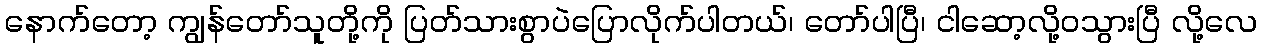
နောက်တော့ ကျွန်တော်သူတို့ကို ပြတ်သားစွာပဲပြောလိုက်ပါတယ်၊ တော်ပါပြီ၊ ငါဆော့လို့၀သွားပြီ လို့လေ